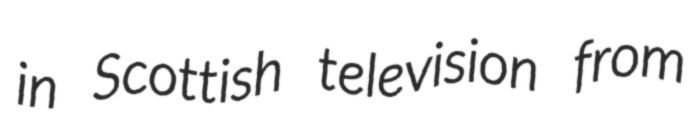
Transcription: in Scottish television from